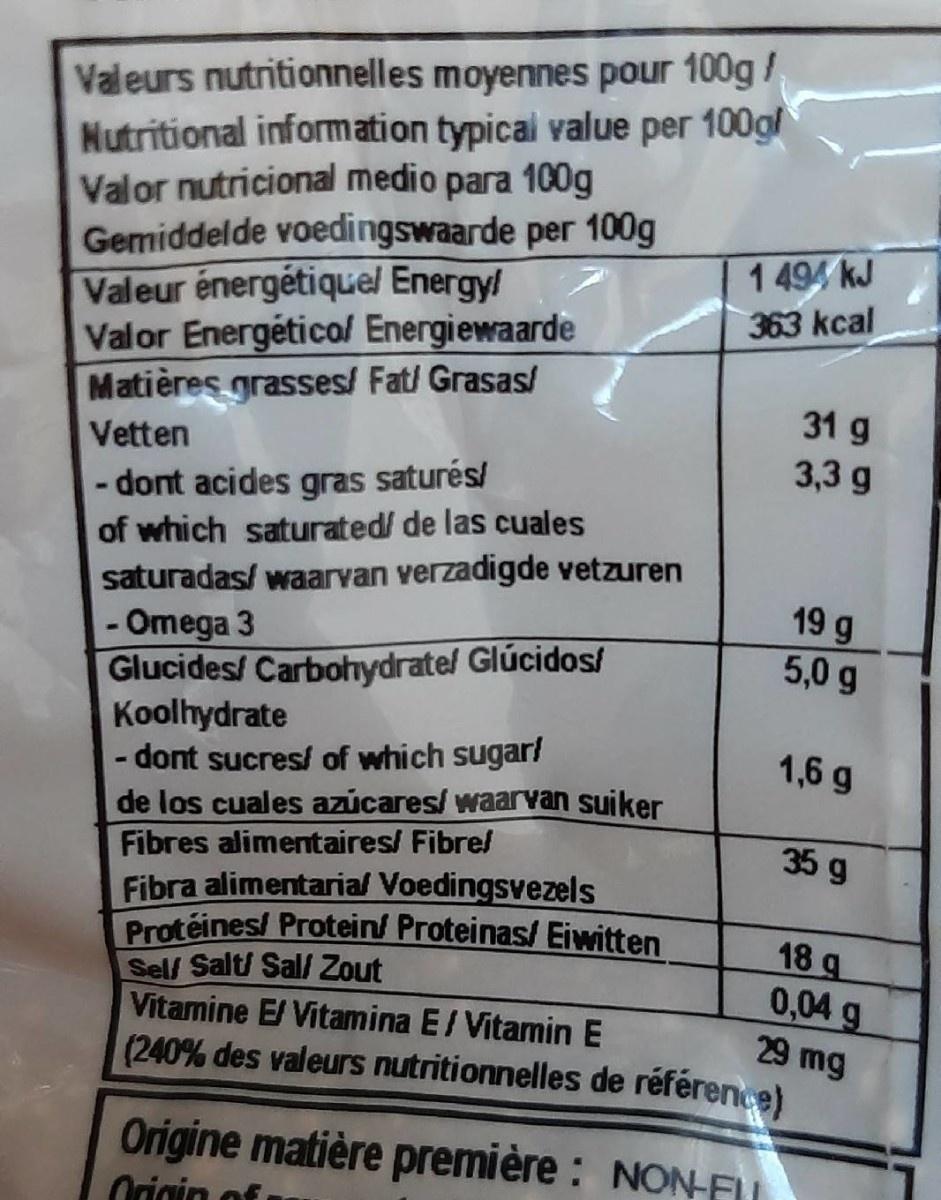
Valeurs nutritionnelles moyennes pour 100g/
Nutritional information typical value per 100gl Valor nutricional medio para 100g Gemiddelde voedingswaarde per 100g Valeur énergétiquel Energy! Valor Energético/ Energiewaarde Matières grasses/ Fat/ Grasas/
1 494 kJ
363 kcal
31 g
Vetten
3,3 g
- dont acides gras saturés/ of which saturated/ de las cuales saturadas/ waarvan verzadigde vetzuren - Omega 3 Glucides/ Carbohydrate/ Glúcidos Koolhydrate -dont sucres/ of which sugar! de los cuales azúcares/ waarvan suiker
19 g 5,0 g
1,6 g
Fibres alimentaires/ Fibre/
35 g
Fibra alimentarial Voedingsvezels Protéines/ Proteins Proteinas/ Eiwitten Sel/ Salt/ Sal/ Zout Vitamine E/ Vitamina E/ Vitamin E (240% des valeurs nutritionnelles de référence)
18 g 0,04 g 29 mg
Origine matière première : NON-FU
Origin of